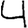
Digit: 4